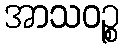
အာသဝဉ္စ